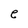
Character: e